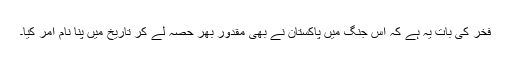
فخر کی بات یہ ہے کہ اس جنگ میں پاکستان نے بھی مقدور بھر حصہ لے کر تاریخ میں پنا نام امر کیا۔